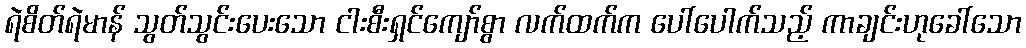
ရဲစိတ်ရဲမာန် သွတ်သွင်းပေးသော ငါးစီးရှင်ကျော်စွာ လက်ထက်က ပေါ်ပေါက်သည့် ကာချင်းဟုခေါ်သော